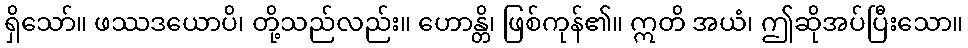
ရှိသော်။ ဖဿဒယောပိ၊ တို့သည်လည်း။ ဟောန္တိ၊ ဖြစ်ကုန်၏။ ဣတိ အယံ၊ ဤဆိုအပ်ပြီးသော။